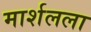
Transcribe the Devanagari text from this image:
मार्शलला